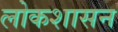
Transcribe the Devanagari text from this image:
लोकशासन